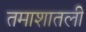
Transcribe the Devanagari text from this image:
तमाशातली